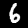
Digit: 6